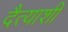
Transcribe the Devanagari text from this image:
दैत्याशी